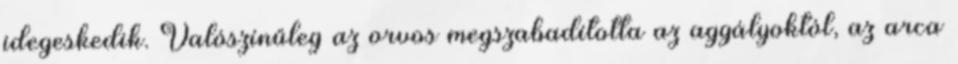
idegeskedik. Valószínűleg az orvos megszabadította az aggályoktól, az arca